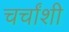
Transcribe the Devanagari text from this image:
चर्चांशी